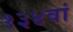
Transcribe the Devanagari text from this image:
१३४वां